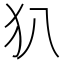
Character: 𤜞